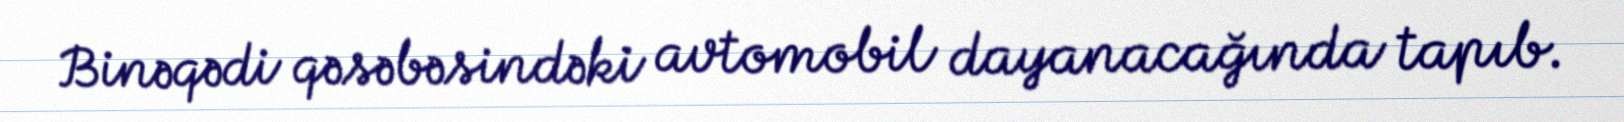
Binəqədi qəsəbəsindəki avtomobil dayanacağında tapıb.